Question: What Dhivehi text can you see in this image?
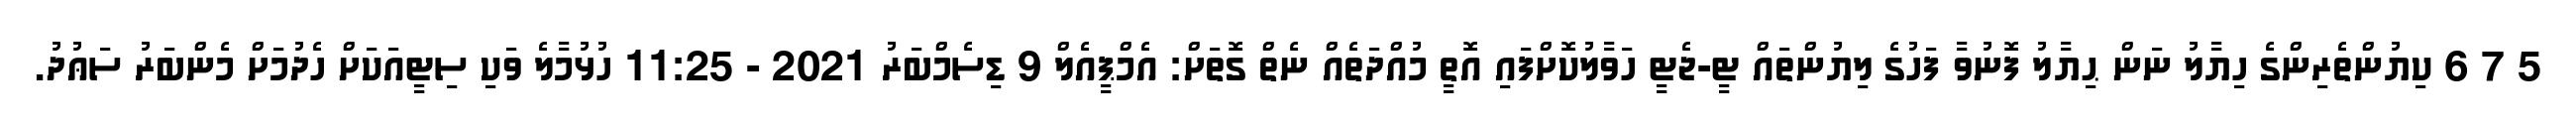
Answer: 5 7 6 ކިޔުންތެރިންގެ ހިޔާލު ނަން ޙިޔާލު ފޮނުވާ ފަހުގެ ލިޔުންތައް ޓީ-ޖެޓީ ހަވާލުކޮށްފައި އޮތީ މުއްދަތެއް ނެތް ގޮތަށް: އެމްޕީއެލް 9 ޑިސެމްބަރު 2021 - 11:25 ހުޅުމާލެ ވަކި ސިޓީއަކަށް ހެދުމަށް މެންބަރު ސަޢުދު.